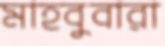
মাহবুবারা